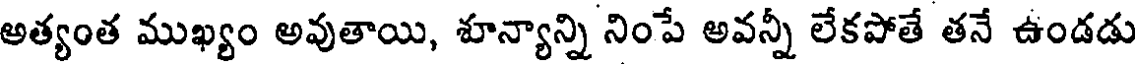
అత్యంత ముఖ్యం అవుతాయి, శూన్యాన్ని నింపే అవన్నీ లేకపోతే తనే ఉండడు